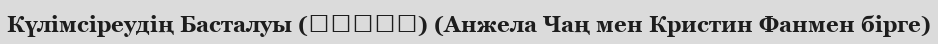
Күлімсіреудің Басталуы (微笑的起點) (Анжела Чаң мен Кристин Фанмен бірге)